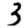
Digit: 3